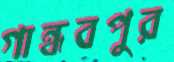
গান্ধবপুর